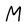
Character: M